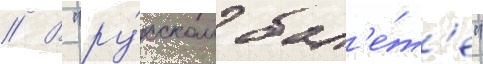
// В "ру́сском бал'е́т'е"